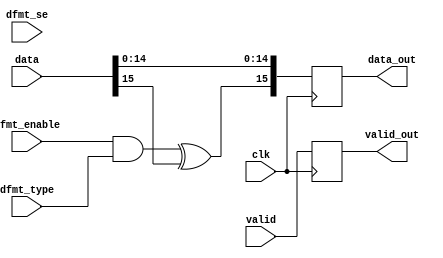
// ***************************************************************************
// ***************************************************************************
// Copyright 2014 - 2017 (c) Analog Devices, Inc. All rights reserved.
//
// In this HDL repository, there are many different and unique modules, consisting
// of various HDL (Verilog or VHDL) components. The individual modules are
// developed independently, and may be accompanied by separate and unique license
// terms.
//
// The user should read each of these license terms, and understand the
// freedoms and responsibilities that he or she has by using this source/core.
//
// This core is distributed in the hope that it will be useful, but WITHOUT ANY
// WARRANTY; without even the implied warranty of MERCHANTABILITY or FITNESS FOR
// A PARTICULAR PURPOSE.
//
// Redistribution and use of source or resulting binaries, with or without modification
// of this file, are permitted under one of the following two license terms:
//
//   1. The GNU General Public License version 2 as published by the
//      Free Software Foundation, which can be found in the top level directory
//      of this repository (LICENSE_GPL2), and also online at:
//      <https://www.gnu.org/licenses/old-licenses/gpl-2.0.html>
//
// OR
//
//   2. An ADI specific BSD license, which can be found in the top level directory
//      of this repository (LICENSE_ADIBSD), and also on-line at:
//      https://github.com/analogdevicesinc/hdl/blob/master/LICENSE_ADIBSD
//      This will allow to generate bit files and not release the source code,
//      as long as it attaches to an ADI device.
//
// ***************************************************************************
// ***************************************************************************
// data format (offset binary or 2's complement only)

`timescale 1ps/1ps

module ad_datafmt #(

  // data bus width

  parameter   DATA_WIDTH = 16,
  parameter   DISABLE = 0) (

  // data path

  input                       clk,
  input                       valid,
  input   [(DATA_WIDTH-1):0]  data,
  output                      valid_out,
  output  [15:0]              data_out,

  // control signals

  input                       dfmt_enable,
  input                       dfmt_type,
  input                       dfmt_se);

  // internal registers

  reg                         valid_int = 'd0;
  reg     [15:0]              data_int = 'd0;

  // internal signals

  wire                        type_s;
  wire    [15:0]              data_out_s;

  // data-path disable

  generate
  if (DISABLE == 1) begin
  assign valid_out = valid;
  assign data_out = data;
  end else begin
  assign valid_out = valid_int;
  assign data_out = data_int;
  end
  endgenerate

  // if offset-binary convert to 2's complement first

  assign type_s = dfmt_enable & dfmt_type;

  generate
  if (DATA_WIDTH < 16) begin
    wire signext_s;
    wire sign_s;

    assign signext_s = dfmt_enable & dfmt_se;
    assign sign_s = signext_s & (type_s ^ data[(DATA_WIDTH-1)]);
    assign data_out_s[15:DATA_WIDTH] = {(16-DATA_WIDTH){sign_s}};
  end
  endgenerate

  assign data_out_s[(DATA_WIDTH-1)] = type_s ^ data[(DATA_WIDTH-1)];
  assign data_out_s[(DATA_WIDTH-2):0] = data[(DATA_WIDTH-2):0];

  always @(posedge clk) begin
    valid_int <= valid;
    data_int <= data_out_s[15:0];
  end

endmodule

// ***************************************************************************
// ***************************************************************************